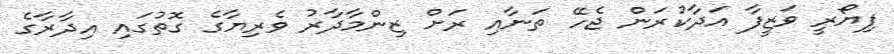
ފިޔޯރީ ވަޒީފާ އަދާކުރަން ޖެހޭ ތަނާއި ރަށް ޒިންމާދާރު ވެރިޔާގެ ގޮތުގައި އިދާރާގެ